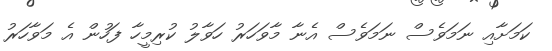
ކަމަށާއި ނަމަވެސް ނަމަވެސް އެނާ މާވަހަރު ހަވާލު ކުރިމީހާ ފަހުން އެ މަވާހަރު